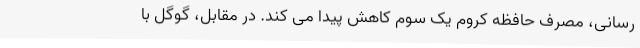
رسانی، مصرف حافظه کروم یک سوم کاهش پیدا می کند. در مقابل، گوگل با